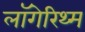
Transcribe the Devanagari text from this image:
लॉगेरिथ्म